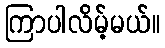
ကြာပါလိမ့်မယ်။